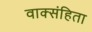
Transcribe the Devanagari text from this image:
वाक्संहिता